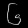
Digit: ၆